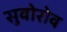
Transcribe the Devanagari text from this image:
सुवोरोव